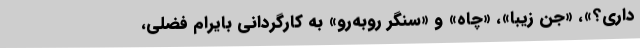
داري؟»، «جن زیبا»، «چاه» و «سنگر روبه‌رو» به كارگردانی بايرام فضلی،